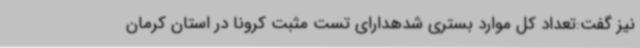
نیز گفت:تعداد کل موارد بستری شدهدارای تست مثبت کرونا در استان کرمان